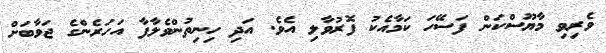
ވެރިވި މާޔޫސްކަން ފަސޭހަ ކަމާއެކު ފޮރުވާލި އެވެ. އަދި ހިނިތުންވެލާފާ އަހަރެންގެ ޖަވާބަށް